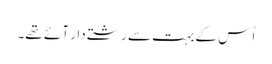
اُس کے بہت سے رشتے دار آئے تھے۔